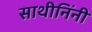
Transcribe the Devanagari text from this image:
साथीनिंनी